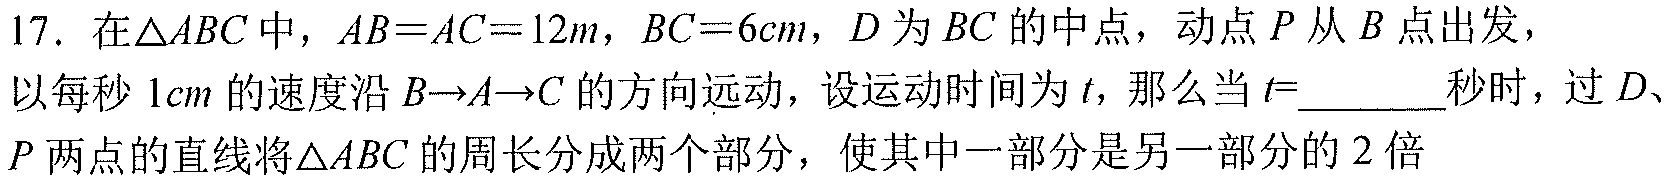
17. 在\(\triangle ABC\)中，\(AB = AC = 12m\)，\(BC = 6cm\)，\(D\)为\(BC\)的中点，动点\(P\)从\(B\)点出发，
以每秒\(1cm\)的速度沿\(B \to A \to C\)的方向运动，设运动时间为\(t\)，那么当\(t =\)  秒时，过\(D\)、
\(P\)两点的直线将\(\triangle ABC\)的周长分成两个部分，使其中一部分是另一部分的\(2\)倍